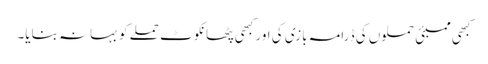
کبھی ممبئی حملوں کی ڈرامہ بازی کی اور کبھی پٹھانکوٹ حملے کو بہانہ بنایا۔